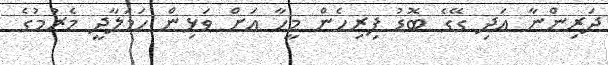
ދަރިންނާ އަދި ގޭގެ ބޮޑު ފިރިހެން މީހާ އަށް ވަޅިން ހަމަލާދީ މެރުމުގެ